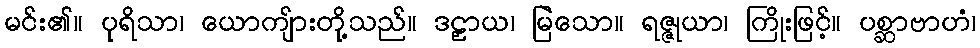
မင်း၏။ ပုရိသာ၊ ယောကျ်ားတို့သည်။ ဒဠှာယ၊ မြဲသော။ ရဇ္ဇုယာ၊ ကြိုးဖြင့်။ ပစ္ဆာဗာဟံ၊